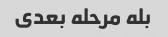
بله مرحله بعدی